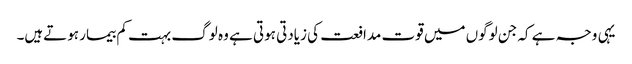
یہی وجہ ہے کہ جن لوگوں میں قوت مدافعت کی زیادتی ہوتی ہے وہ لوگ بہت کم بیمار ہوتےہیں۔